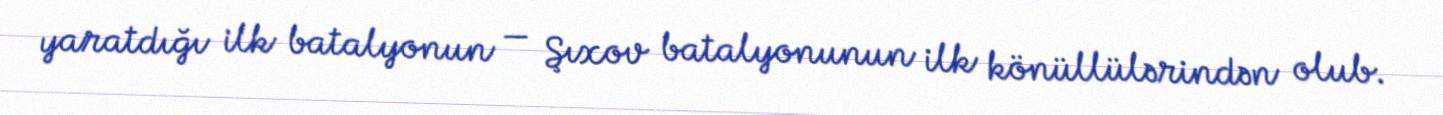
yaratdığı ilk batalyonun — Şıxov batalyonunun ilk könüllülərindən olub.